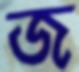
জ